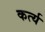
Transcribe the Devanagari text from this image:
कर्त्य